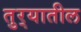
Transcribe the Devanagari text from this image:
तुर्‍यातील